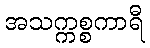
အသက္ကစ္စကာရီ